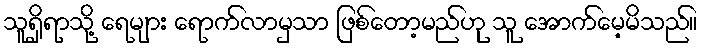
သူရှိရာသို့ ရေများ ရောက်လာမှသာ ဖြစ်တော့မည်ဟု သူ အောက်မေ့မိသည်။